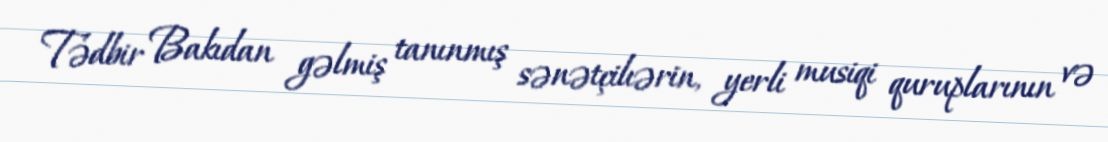
Tədbir Bakıdan gəlmiş tanınmış sənətçilıərin, yerli musiqi quruplarının və